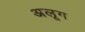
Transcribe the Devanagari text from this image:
अलूग